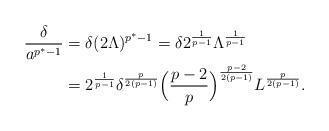
LaTeX: \begin{align*} \frac{\delta}{{a}^{p^* - 1}} &= \delta (2\Lambda)^{p^* -1} = \delta 2^{\frac{1}{p-1}}\Lambda^{\frac{1}{p-1}}\\ &= 2^{\frac{1}{p-1}}\delta^{\frac{p}{2(p-1)}}\Big(\frac{p-2}{p}\Big)^{\frac{p-2}{2(p-1)}}L^{\frac{p}{2(p-1)}}.\end{align*}